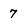
Character: 7